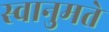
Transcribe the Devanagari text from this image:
स्वानुमते